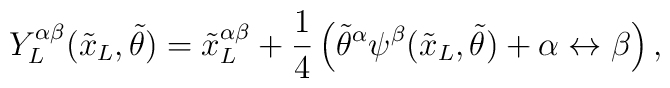
Y^{\alpha\beta}_L({\tilde x_L},{\tilde \theta}) = {{\tilde x_L}^{\alpha \beta}} + \frac{1}{4} \left( {{\tilde \theta}^{\alpha}} \psi^{\beta}({\tilde x_L},{\tilde \theta}) +  \alpha \leftrightarrow \beta \right),